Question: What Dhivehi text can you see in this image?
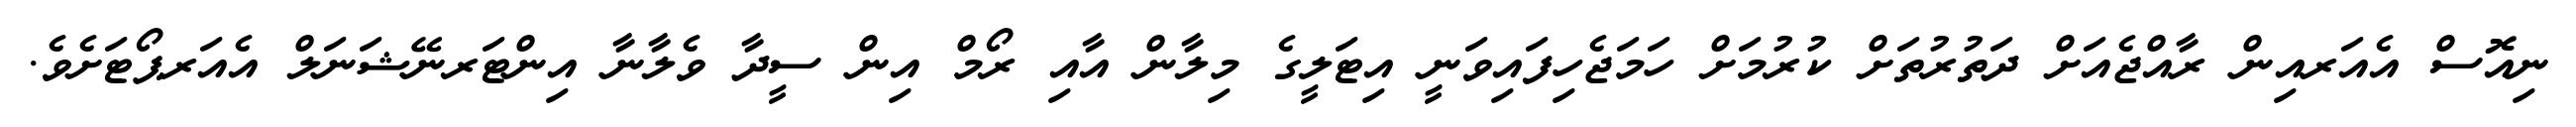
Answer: ނިއޮސް އެއަރއިން ރާއްޖެއަށް ދަތުރުތަށް ކުރުމަށް ހަމަޖެހިފައިވަނީ އިޓަލީގެ މިލާން އާއި ރޯމް އިން ސީދާ ވެލާނާ އިންޓަރނޭޝަނަލް އެއަރޕޯޓަށެވެ.